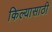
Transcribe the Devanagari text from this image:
किल्यासाठी